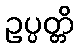
ဥပ္ပတ္တိ